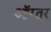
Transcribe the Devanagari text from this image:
ऑरतर